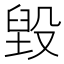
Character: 毀